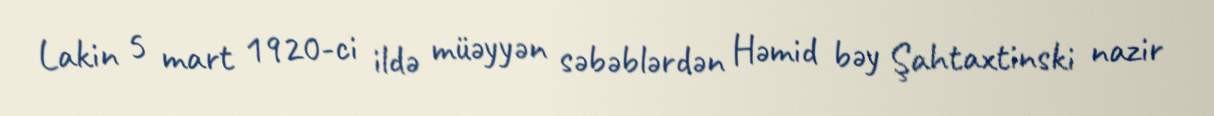
Lakin 5 mart 1920-ci ildə müəyyən səbəblərdən Həmid bəy Şahtaxtinski nazir